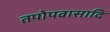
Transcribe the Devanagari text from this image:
तपोपवासादि